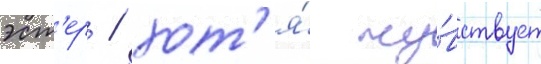
эст'ер / хот'я́ чу́вствует